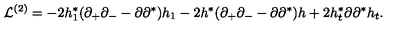
{ \cal L } ^ { ( 2 ) } = - 2 h _ { 1 } ^ { * } ( \partial _ { + } \partial _ { - } - \partial \partial ^ { * } ) h _ { 1 } - 2 h ^ { * } ( \partial _ { + } \partial _ { - } - \partial \partial ^ { * } ) h + 2 h _ { t } ^ { * } \partial \partial ^ { * } h _ { t } .